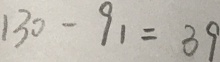
1 3 0 - 9 1 = 3 9